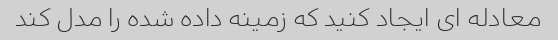
معادله ای ایجاد کنید که زمینه داده شده را مدل کند